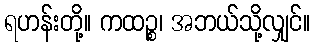
ရဟန်းတို့။ ကထဉ္စ၊ အဘယ်သို့လျှင်။